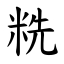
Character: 䊁